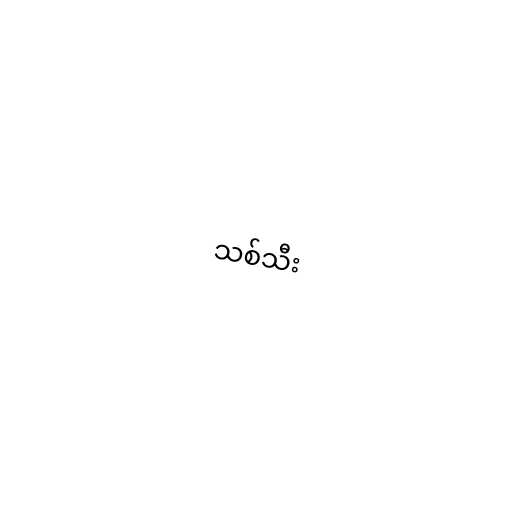
သစ်သီး